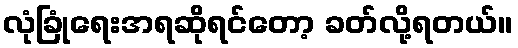
လုံခြုံရေးအရဆိုရင်တော့ ခတ်လို့ရတယ်။